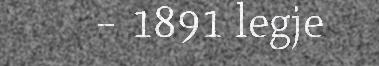
– 1891 legje